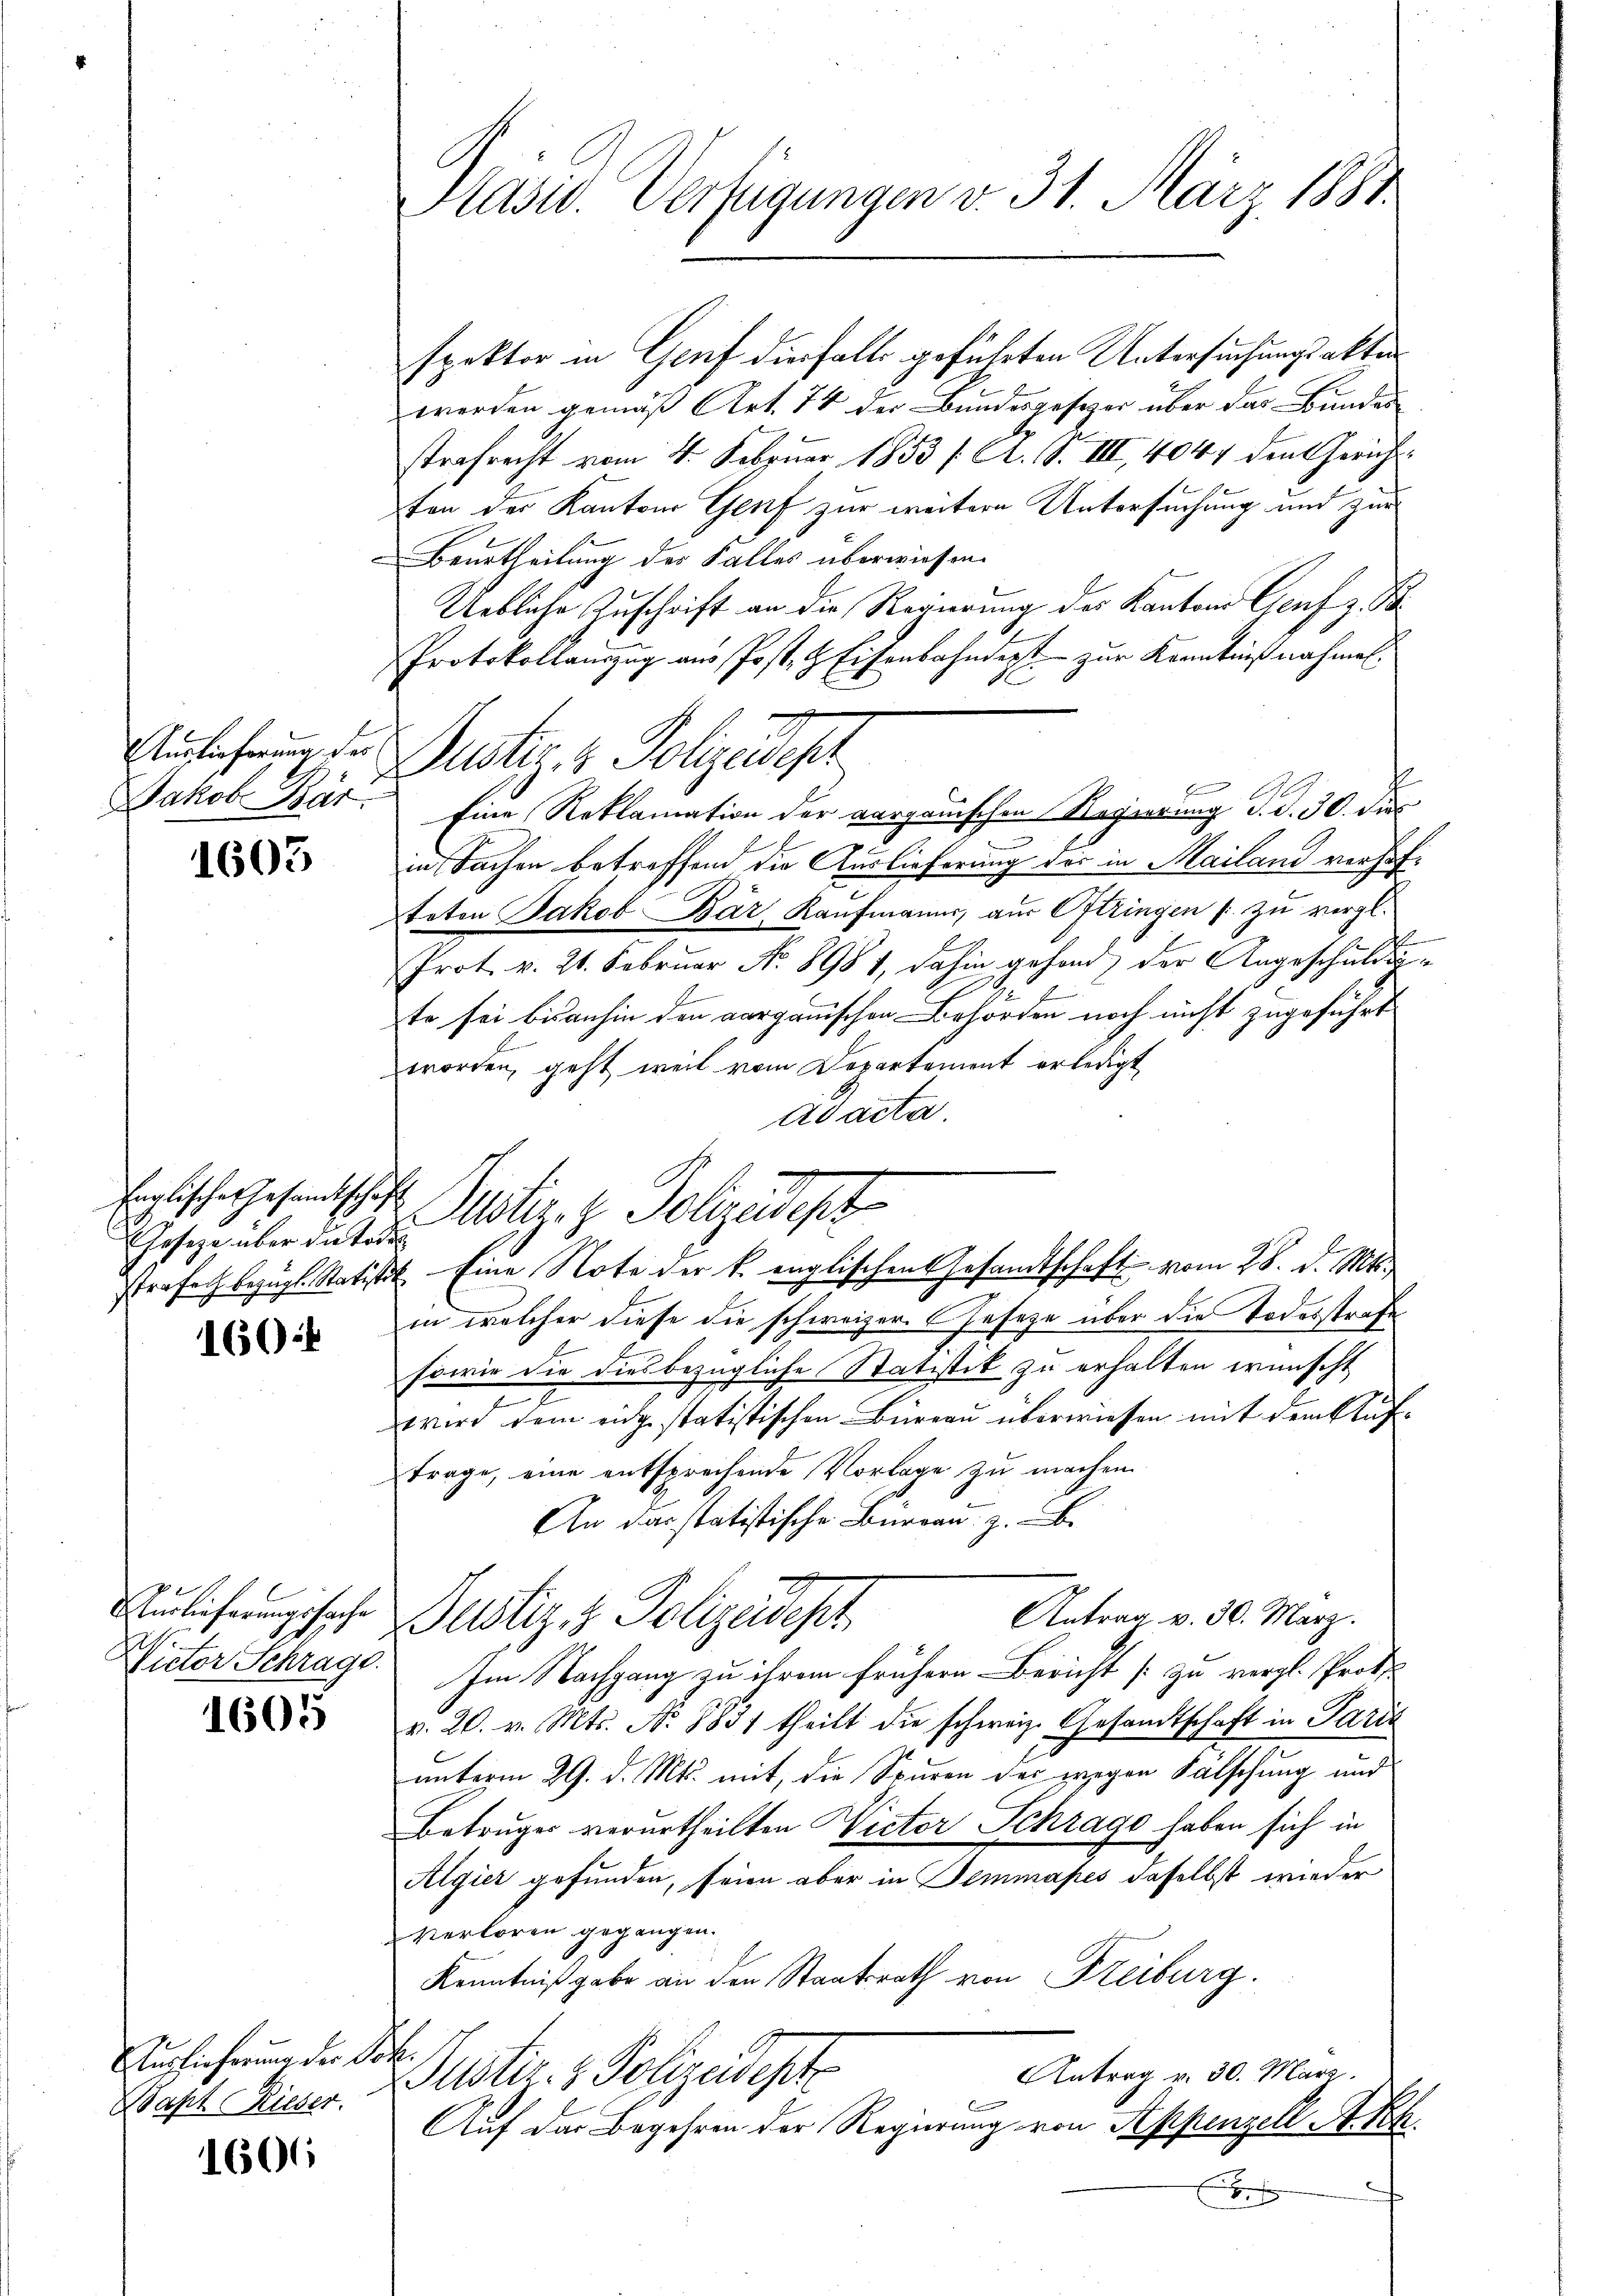
Auslicherung der
Jakob Bar.

1605

Englisches Gesandtschaft
Gesetze über die Todes

160

x
urlieferungssache

1605

Auslieferung der Joh.
Waph Rieser.

1606

Präsid. Verfügungen v. 31. März 1888.

spektor in Genf diesfalls geführten Untersuchungsakten
werden gemäß Art. 78 der Bundesgesetzer über das Bundes
strafrecht vom 4. Februar 1853 /: A. S. III, 4044 den Gerichtsten der Kanton Genf zur weitere Untersuchung und zur
Beurtheilung der Falles überwiesen.
Uebliche Zuschrift an die Regierung des Kantons Genf z. B
Protokollamzug aus Post- & Eisenbahndert zur Kenntniß nachmal.
in Sachen betreffend die Auslieferung des in Mailand verhofteten Jakob Bär Kaufmanns, aus Oftringen /: zu vergl.
Prot. v. 21. Februar Nr. 8981, dahin gehand der Angeschuldig
te sei bisanhin den aarganischen Behörden noch nicht zugeführt
worden, geht, weil vom Departement erledigt
ad acta.
Notiz z. Polizeidigt
in welcher diese die schweizer. Gesetze über die Todesstrafe
sowie die diesbezügliche Statistik zu erhalten wünscht
wird dem eingestatistischen Büreau überwiesen mit dem Auftrage, eine entsprechende Vorlage zu machen.
An das statistische Bureau. z. B.
Antrag v. 30. März.
Justiz & Polizeidest
Vieter Schrage. Im Nachgang zu ihrem frühern Bericht [zu vergl. Prot
v. 20. v. Mts. No. 1831 theilt die schweiz. Gesandtschaft in Paris
unterm 29. d. Mts. mit, die Spuren der wegen Fälschung und
Betruges verurtheilten Victor Schrage haben sich in
Algier gefunden, seien aber in Semmapes daselbst wieder
verloren gegangen.
Kenntnißgabe an den Staatsrath von Freiburg.
Antrag v. 30. März.
Justiz- & Polizeidepte
Auf das Begehren der Regierung von Appenzell A.-Rh.
E

Justiz & Polizedel
E
Eine Reklamation der aargauischen Regierung d. d. 30. dies

strafach bezügl. Statistet. Eine Note der k. englischen Gesandtschaft vom 28. d. Mts.